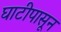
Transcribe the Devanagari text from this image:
घाटीपासून